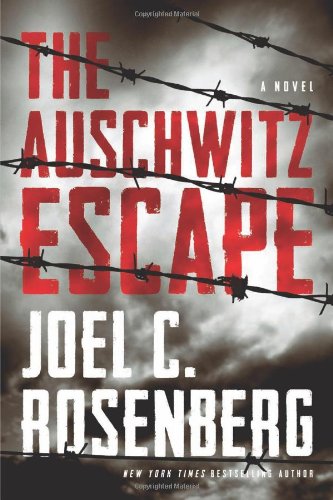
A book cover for The Auschwitz Escape; Joel C. Rosenberg; Christian Books & Bibles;